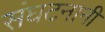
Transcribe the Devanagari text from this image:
संघटनानी